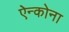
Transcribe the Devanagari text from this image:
ऐन्कोना